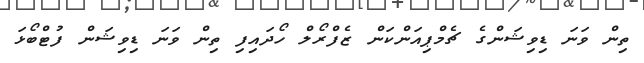
ތިން ވަނަ ޑިވިޝަންގެ ޗެމްޕިއަންކަން ޒެފްރޯލް ހޯދައިފި ތިން ވަނަ ޑިވިޝަން ފުޓްބޯޅަ